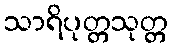
သာရိပုတ္တသုတ္တ